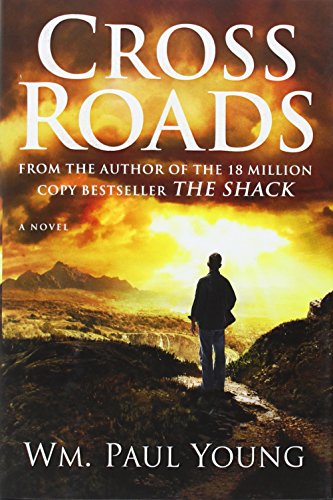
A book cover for Cross Roads; WM. Paul Young; Mystery, Thriller & Suspense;